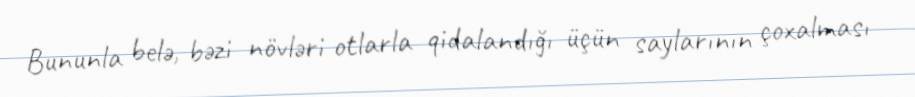
Bununla belə, bəzi növləri otlarla qidalandığı üçün saylarının çoxalması